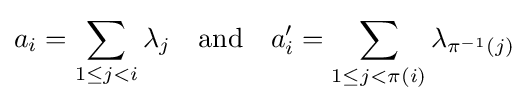
a_{i}=\sum _{1\leq j<i}\lambda _{j}\quad {\text{and}}\quad a'_{i}=\sum _{1\leq j<\pi (i)}\lambda _{\pi ^{-1}(j)}